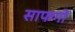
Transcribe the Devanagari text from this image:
साफगो